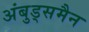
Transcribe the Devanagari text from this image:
अंबुड्समैन